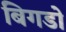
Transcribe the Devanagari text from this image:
बिगडो